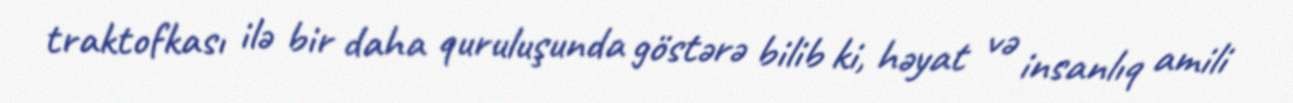
traktofkası ilə bir daha quruluşunda göstərə bilib ki, həyat və insanlıq amili